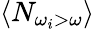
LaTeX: \langle N_{\omega_{i}>\omega}\rangle